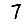
Digit: 7